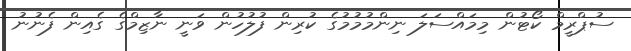
ސުޕްރީމް ކޯޓުން މިމައްސަލަ ނިންމުމުމުގެ ކުރިން ފުލުހުން ވަނީ ނާޒިމްގެ ގެއިން ފެނުނު